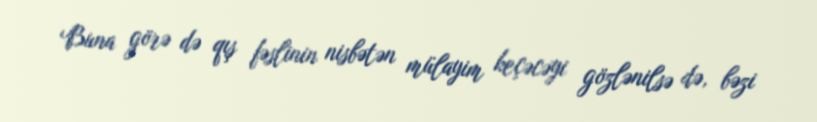
Buna görə də qış fəslinin nisbətən mülayim keçəcəyi gözlənilsə də, bəzi